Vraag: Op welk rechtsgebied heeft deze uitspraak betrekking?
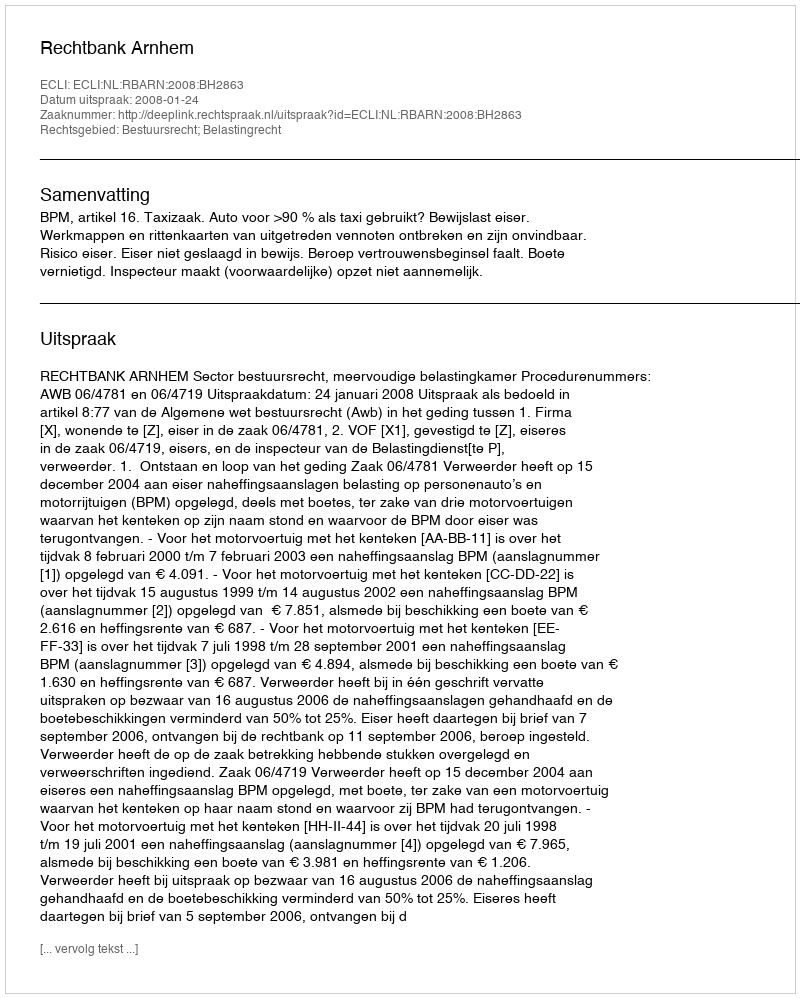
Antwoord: Bestuursrecht; Belastingrecht